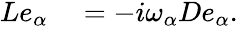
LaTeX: \begin{array}{rl}{Le_{\alpha}}&{{}=-i\omega_{\alpha}De_{\alpha}.}\end{array}